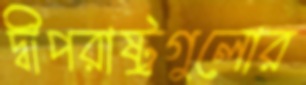
দ্বীপরাষ্ট্রগুলোর